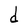
Character: d